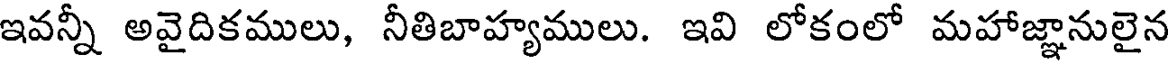
ఇవన్నీ అవైదికములు, నీతిబాహ్యములు. ఇవి లోకంలో మహాజ్ఞానులైన